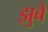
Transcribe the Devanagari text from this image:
झुबे